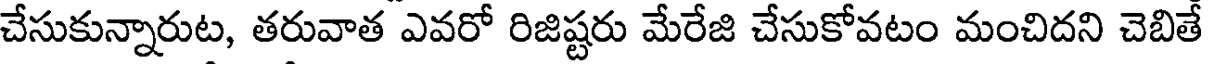
చేసుకున్నారుట, తరువాత ఎవరో రిజిష్టరు మేరేజి చేసుకోవటం మంచిదని చెబితే